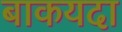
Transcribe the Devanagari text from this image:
बाकयदा